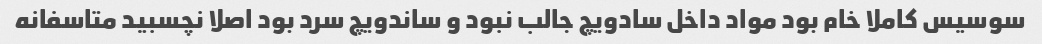
سوسیس کاملا خام بود مواد داخل سادویچ جالب نبود و ساندویچ سرد بود اصلا نچسبید متاسفانه